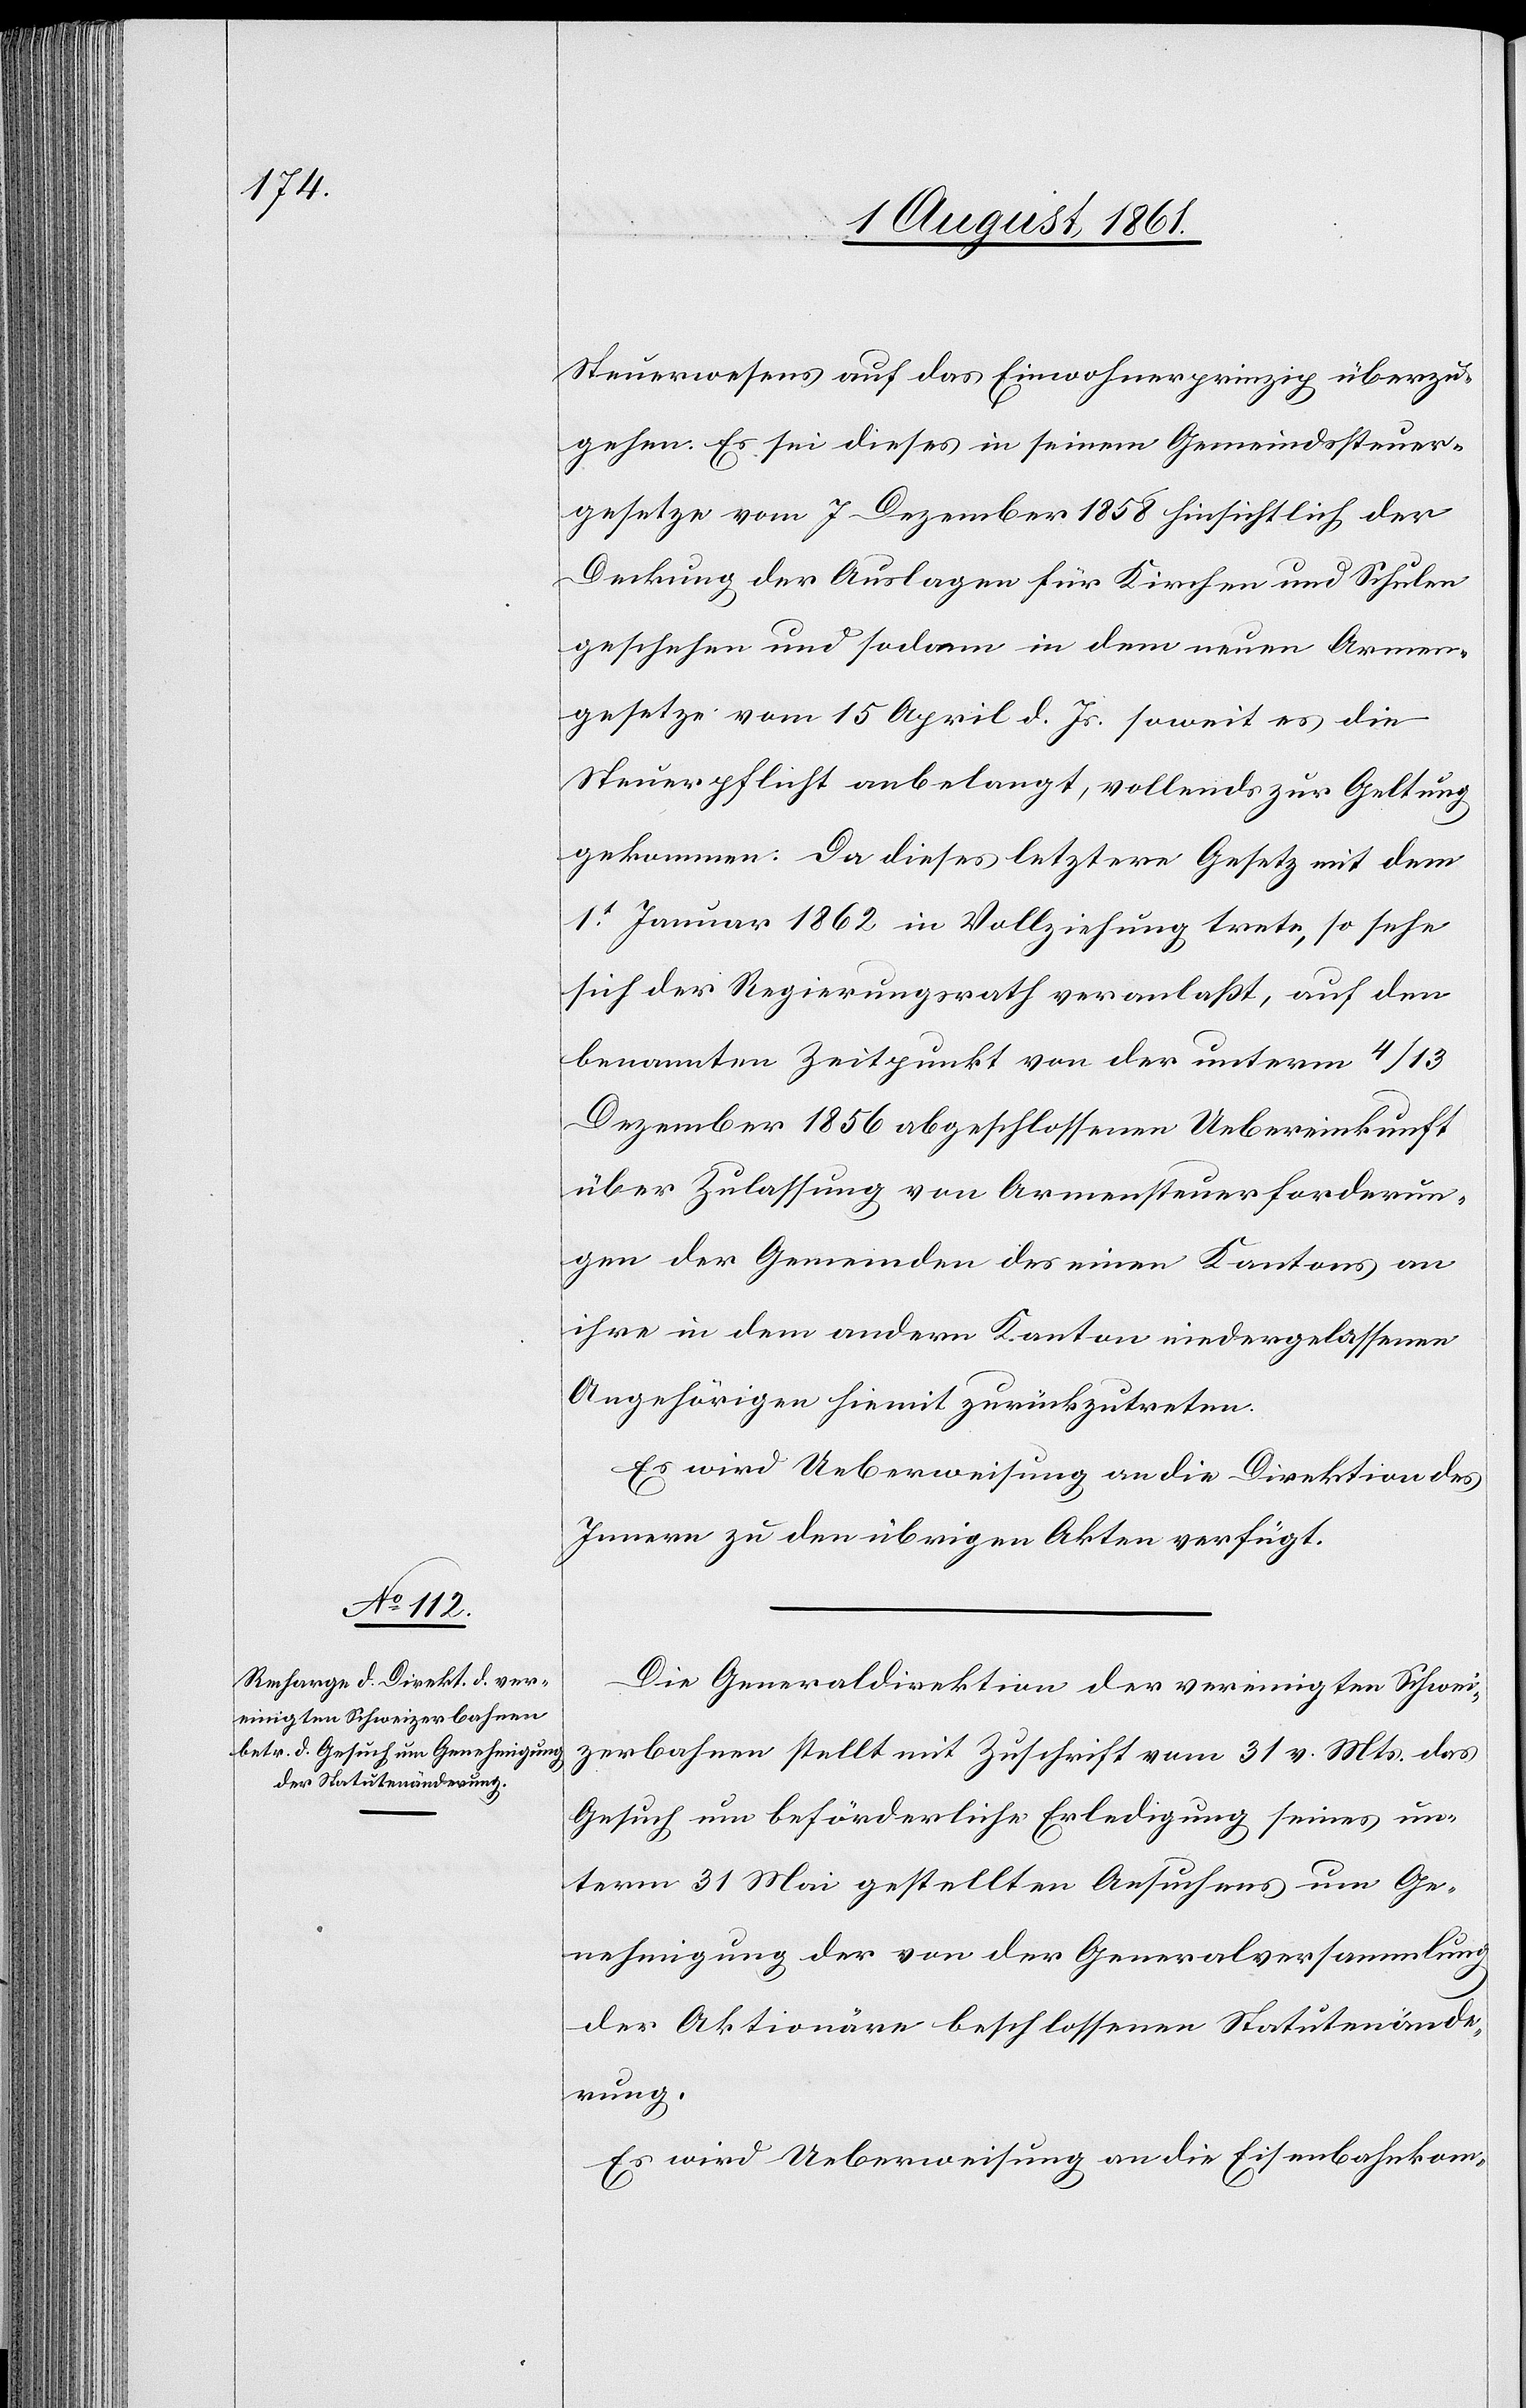
Steuerwesens auf das Einwohnerprinzip überzu¬
gehen. Es sei dieses in seinem Gemeindssteuer¬
gesetze vom 7 Dezember 1858 hinsichtlich der
Deckung der Auslagen für Kirchen und Schulen
geschehen und sodann in dem neuen Armen¬
gesetze vom 15 April d. Js. soweit es die
Steuerpflicht anbelangt, vollends zur Geltung
gekommen. Da dieses letztere Gesetz mit dem
1t Januar 1862 in Vollziehung trete, so sehe
sich der Regierungsrath veranlaßt, auf den
benannten Zeitpunkt von der unterm 4/13
Dezember 1856 abgeschlossenen Uebereinkunft
über Zulassung von Armensteuerforderun¬
gen der Gemeinde des einen Kantons an
ihre in dem andern Kanton niedergelassenen
Angehörigen hiemit zurückzutreten.
Es wird Ueberweisung an die Direktion des
Innern zu den übrigen Akten verfügt.
Die Generaldirektion der vereinigten Schwei¬
zerbahnen stellt mit Zuschrift vom 31 v. Mts. das
Gesuch um beförderliche Erledigung seines un¬
term 31 Mai gestellten Ansuchens um Ge¬
nehmigung der von der Generalstabsversammlung
der Aktionäre beschlossenen Statutenände¬
rung.
Es wird Ueberweisung an die Eisenbahnkom-